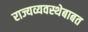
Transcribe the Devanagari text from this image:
राज्यव्यवस्थेबाबत